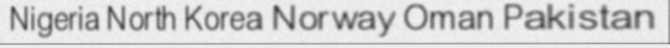
Nigeria North Korea Norway Oman Pakistan